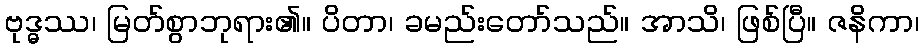
ဗုဒ္ဓဿ၊ မြတ်စွာဘုရား၏။ ပိတာ၊ ခမည်းတော်သည်။ အာသိ၊ ဖြစ်ပြီ။ ဇနိကာ၊